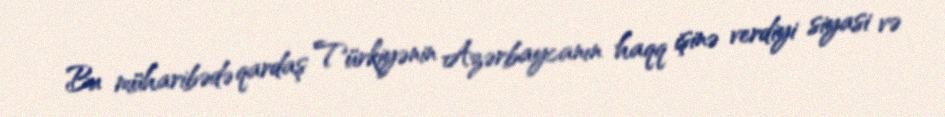
Bu müharibədə qardaş Türkiyənin Azərbaycanın haqq işinə verdiyi siyasi və